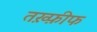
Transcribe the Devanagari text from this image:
तख़्फ़ीफ